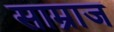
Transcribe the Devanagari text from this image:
साम्राज